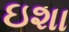
ઇશા